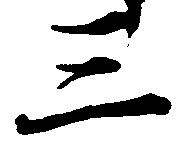
三